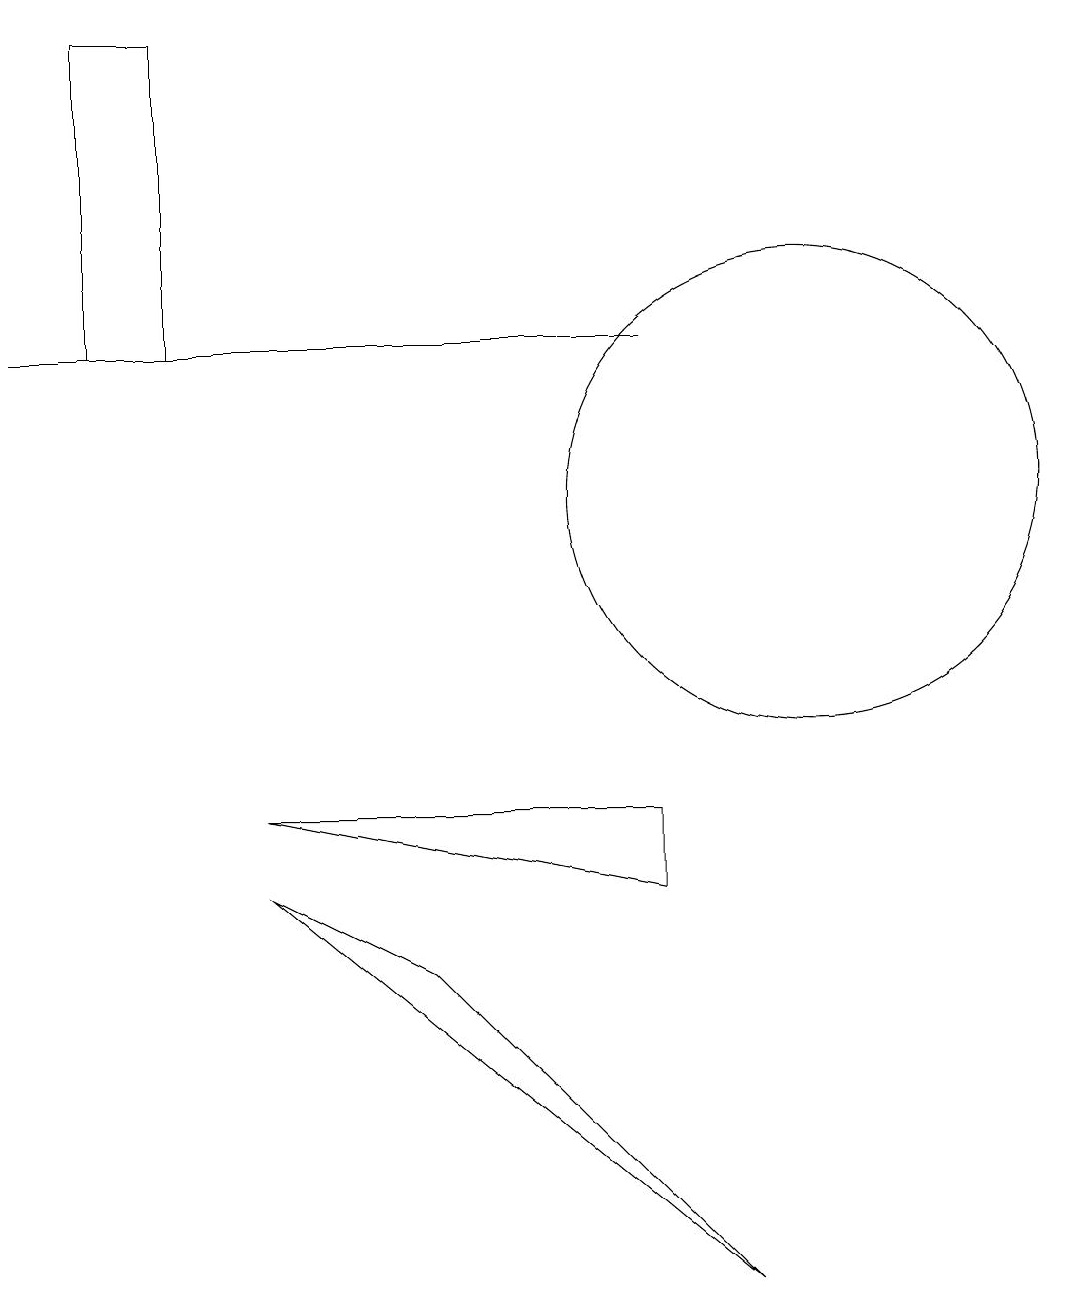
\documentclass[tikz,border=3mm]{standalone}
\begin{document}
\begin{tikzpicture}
\draw (0,13) rectangle (8,13);
\draw (9,1) -- (5,5) -- (3,6) -- cycle;
\draw (1,13) rectangle (2,17);
\draw (10,11) circle (3);
\draw (3,7) -- (8,6) -- (8,7) -- cycle;
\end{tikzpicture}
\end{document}